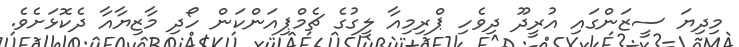
މިދިޔަ ސީޒަންގައި އުރީދޫ ދިވެހި ޕްރިމިއާ ލީގުގެ ޗެމްޕިއަންކަން ހޯދި މާޒިޔާއާ ދެކޮޅަށެވެ.